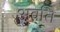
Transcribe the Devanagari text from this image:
अवति